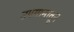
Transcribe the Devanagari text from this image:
उपयानातून